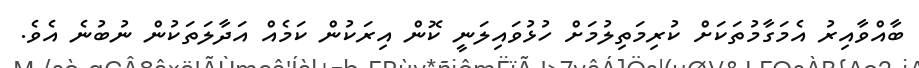
ބާއްވާއިރު އެމަގާމުތަކަށް ކުރިމަތިލުމަށް ހުޅުވައިލަނީ ކޮން އިރަކުން ކަމެއް އަދާލަތަކުން ނުބުނެ އެވެ.